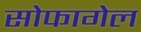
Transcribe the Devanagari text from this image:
सोफागेल